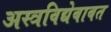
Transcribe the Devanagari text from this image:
अस्त्रविद्येबाबत